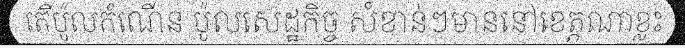
តើប៉ូលកំណើន ប៉ូលសេដ្ឋកិច្ច សំខាន់ៗមាននៅខេត្តណាខ្លះ